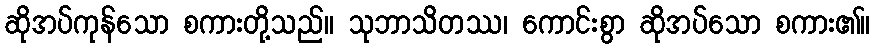
ဆိုအပ်ကုန်သော စကားတို့သည်။ သုဘာသိတဿ၊ ကောင်းစွာ ဆိုအပ်သော စကား၏။